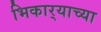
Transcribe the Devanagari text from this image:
भिकार्‍याच्या